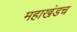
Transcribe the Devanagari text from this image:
महाखंडच